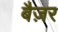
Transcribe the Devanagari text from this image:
बैज़र